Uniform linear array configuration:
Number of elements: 64
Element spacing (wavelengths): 0.5
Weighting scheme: binomial
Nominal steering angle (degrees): -60
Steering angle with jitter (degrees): -60.777
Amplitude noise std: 0.05
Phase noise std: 0.05

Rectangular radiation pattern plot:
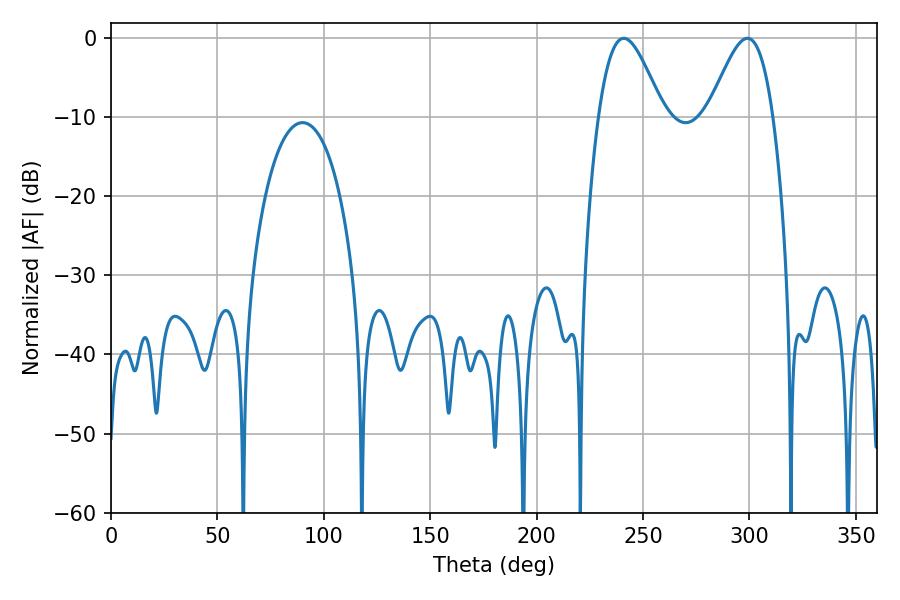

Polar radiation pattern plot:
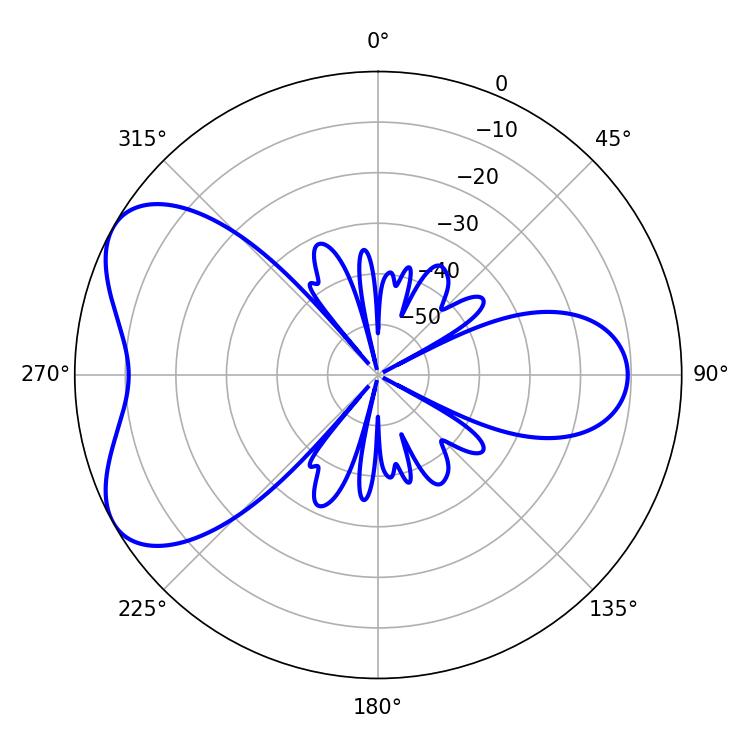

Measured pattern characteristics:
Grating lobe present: FALSE
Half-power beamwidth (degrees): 16.02
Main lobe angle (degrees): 241.02